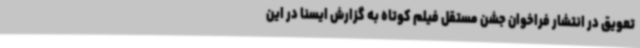
تعویق در انتشار فراخوان جشن مستقل فیلم کوتاه به گزارش ایسنا در این